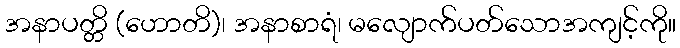
အနာပတ္တိ (ဟောတိ)၊ အနာစာရံ၊ မလျောက်ပတ်သောအကျင့်ကို။